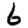
Digit: 6